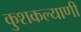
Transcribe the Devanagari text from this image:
कुशकल्याणी